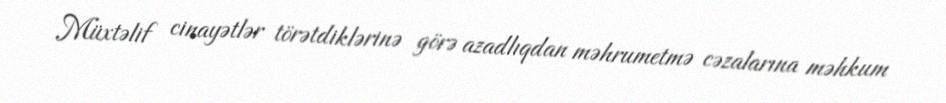
Müxtəlif cinayətlər törətdiklərinə görə azadlıqdan məhrumetmə cəzalarına məhkum